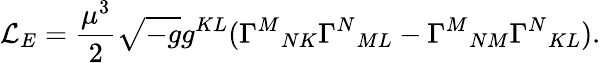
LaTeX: {\cal L}_{E}=\frac{\mu^{3}}{2}\sqrt{-g}g^{KL}(\Gamma^{M}{}_{NK}\Gamma^{N}{}_{ML}-\Gamma^{M}{}_{NM}\Gamma^{N}{}_{KL}).